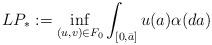
LaTeX: \begin{align*}LP_* := \inf_{(u,v) \in F_0} \int_{[0,\bar a]}u(a) \alpha(da)\end{align*}